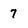
Character: 7